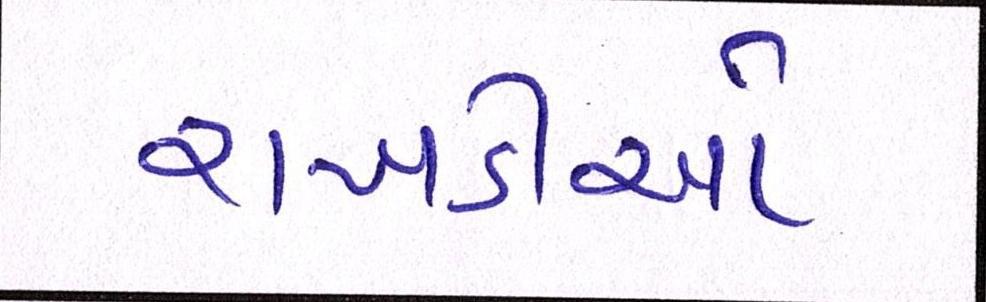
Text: રાખડીઓ